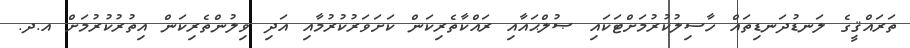
ތަރައްޤީގެ ލަނޑުދަނޑިތައް ހާސިލުކުރުމަށްޓަކައި ޞުލްޙައާއި ރައްކާތެރިކަން ކަށަވަރުކުރުމާއި އަދި ވިލުންތެރިކަން އިތުރުކުރުމަށް އ.ދ.